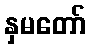
နှမတော်